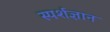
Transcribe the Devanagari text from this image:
स्‍पर्शज्ञान